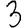
Digit: 3